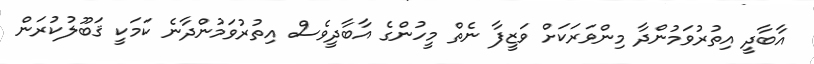
އާބާދީ އިތުރުވަމުންދާ މިންވަރަކަށް ވަޒީފާ ނެތް މީހުންގެ އާބާދީވެސް އިތުރުވަމުންދާނެ ކަމަކީ ޤަބޫލުކުރަން